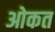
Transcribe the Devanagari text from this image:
ओकत